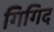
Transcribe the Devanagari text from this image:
गिगिद